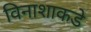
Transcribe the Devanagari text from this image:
विनाशाकडे